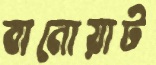
বানোয়াট